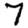
Digit: 7